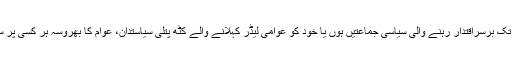
پاکستان میں اب تک برسراقتدار رہنے والی سیاسی جماعتیں ہوں یا خود کو عوامی لیڈر کہلانے والے کٹھ پتلی سیاستدان، عوام کا بھروسہ ہر کسی پر سے اُٹھ چُکا ہے۔